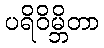
ပရိဝိမ္ဘိတာ